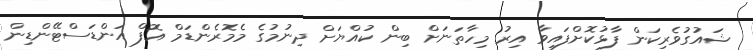
ޝައުގުވެރިކަން ފާޅުކޮށްފައިވާ އިރު މިހާތަނަށް ބިން ކުއްޔަށް ދިނުމުގެ މެމޮރެންޑަމް އޮފް އަންޑަސްޓޭންޑިން